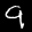
Label: 9